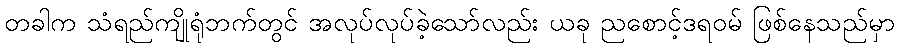
တခါက သံရည်ကျိုရုံဘက်တွင် အလုပ်လုပ်ခဲ့သော်လည်း ယခု ညစောင့်ဒရဝမ် ဖြစ်နေသည်မှာ